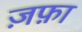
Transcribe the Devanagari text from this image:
ज़फ़ा